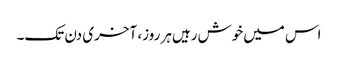
اس میں‌خوش رہیں‌ہر روز، آخری دن تک۔